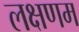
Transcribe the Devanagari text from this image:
लक्षणम